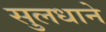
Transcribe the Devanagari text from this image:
सुलधाने